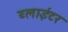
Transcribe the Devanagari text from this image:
ब्लाईटर